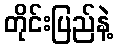
တိုင်းပြည်နဲ့